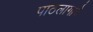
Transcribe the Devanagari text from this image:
पाठलागाचे